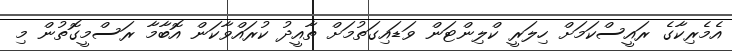
އެމެރިކާގެ ރައީސްކަމަށް ހިލަރީ ކްލިންޓަން ވަޑައިގަތުމަށް ތާއީދު ކުރައްވާކަން އޮބާމާ ރަސްމީގޮތުން މި